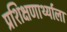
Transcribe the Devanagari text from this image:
प्रशिक्षणार्थ्याला